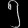
Digit: ၅